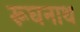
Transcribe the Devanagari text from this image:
रूघनाथ